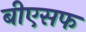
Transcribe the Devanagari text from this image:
बीएसफ